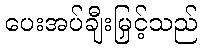
ပေးအပ်ချီးမြှင့်သည်